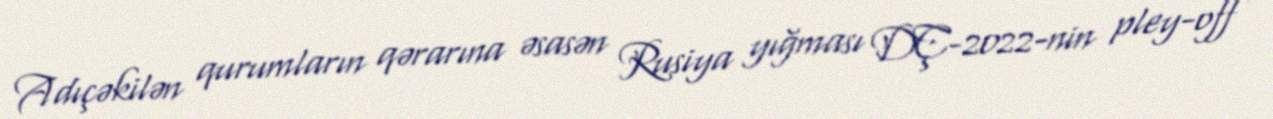
Adıçəkilən qurumların qərarına əsasən Rusiya yığması DÇ-2022-nin pley-off